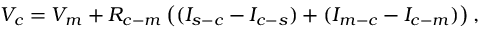
V _ { c } = V _ { m } + R _ { c - m } \left( ( I _ { s - c } - I _ { c - s } ) + ( I _ { m - c } - I _ { c - m } ) \right) ,